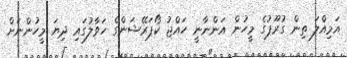
އަމިއްލަ ތިން ގުރޫޕުގެ މީހުން އަންނާނީ ހައްޖު ކޯޕަރޭޝަންގެ ހަވާލުގައި ދިޔަ މީހުންނަށް